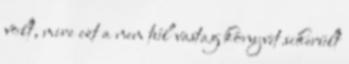
volt, mire ezt a nem túl vastag könyvet sikerült